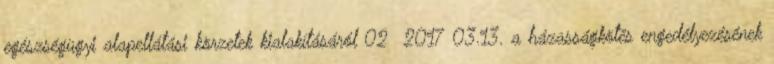
egészségügyi alapellátási körzetek kialakításáról 02 2017 03.13. a házasságkötés engedélyezésének